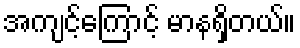
အကျင့်ကြောင့် မာနရှိတယ်။